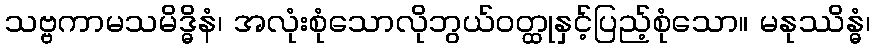
သဗ္ဗကာမသမိဒ္ဓိနံ၊ အလုံးစုံသောလိုဘွယ်ဝတ္ထုနှင့်ပြည့်စုံသော။ မနုဿိန္ဓံ၊